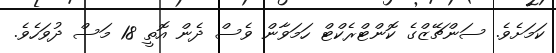
ކަމަށެވެ. ސަންޗޭޒްގެ ކޮންޓްރެކްޓް ހަމަވާން ވެސް ދެން އޮތީ 18 މަސް ދުވަހެވެ.